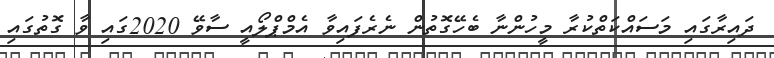
ދައިރާގައި މަސައްކަތްކުރާ މީހުންނާ ބެހޭގޮތުން ނެރެފައިވާ އެމްޕްލޯއީ ސާވޭ 2020ގައި ވާ ގޮތުގައި